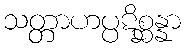
သတ္တာဟပ္ပဋိစ္ဆန္နာ